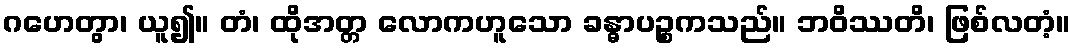
ဂဟေတွာ၊ ယူ၍။ တံ၊ ထိုအတ္တ လောကဟူသော ခန္ဓာပဉ္စကသည်။ ဘဝိဿတိ၊ ဖြစ်လတံ့။